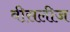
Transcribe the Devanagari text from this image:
वीसलीज